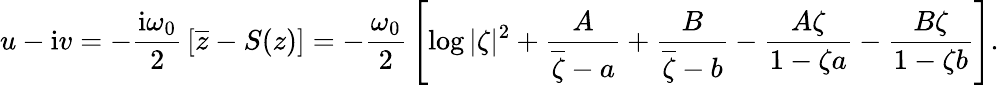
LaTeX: u-\mathrm{i}v=-{\frac{\mathrm{i}\omega_{0}}{2}}\left[\overline{{z}}-S(z)\right]=-{\frac{\omega_{0}}{2}}\left[\log|\zeta|^{2}+{\frac{A}{\overline{{\zeta}}-a}}+{\frac{B}{\overline{{\zeta}}-b}}-{\frac{A\zeta}{1-\zeta a}}-{\frac{B\zeta}{1-\zeta b}}\right].